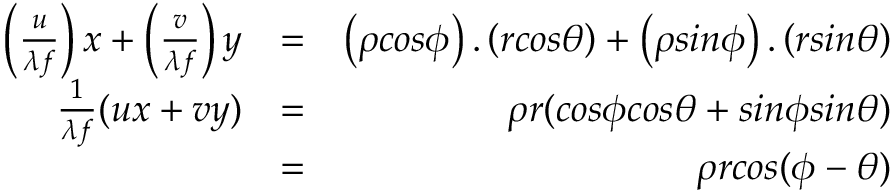
\begin{array} { r l r } { \left( \frac { u } { \lambda f } \right) x + \left( \frac { v } { \lambda f } \right) y } & { = } & { \left( \rho c o s \phi \right) . \left( r c o s \theta \right) + \left( \rho s i n \phi \right) . \left( r s i n \theta \right) } \\ { \frac { 1 } { \lambda f } ( u x + v y ) } & { = } & { \rho r ( c o s \phi c o s \theta + s i n \phi s i n \theta ) } \\ & { = } & { \rho r c o s ( \phi - \theta ) } \end{array}